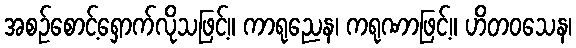
အစဉ်စောင့်ရှောက်လိုသဖြင့်။ ကာရုညေန၊ ကရုဏာဖြင့်။ ဟိတဝသေန၊